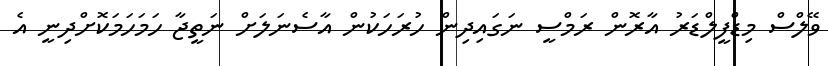
ވޭލްސް މިޑްފީލްޑަރު އާރޮން ރަމްސީ ނަގައިދިން ހުރަހަކުން އާސެނަލަށް ނަތީޖާ ހަމަހަމަކޮށްދިނީ އެ